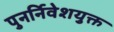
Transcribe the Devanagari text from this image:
पुनर्निवेशयुक्त